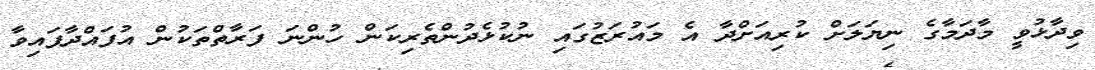
ވިދާޅުވީ މާދަމާގެ ނިޔަލަށް ކުރިއަށްދާ އެ މައުރަޒުގައި ނުކުޅެދުންތެރިކަން ހުންނަ ފަރާތްތަކުން އުފައްދާފައިވާ